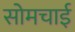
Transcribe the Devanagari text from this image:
सोमचाई